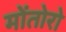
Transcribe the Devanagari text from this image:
मोंतोरो